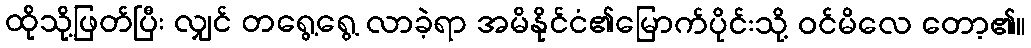
ထိုသို့ဖြတ်ပြီး လျှင် တရွေ့ရွေ့ လာခဲ့ရာ အမိနိုင်ငံ၏မြောက်ပိုင်းသို့ ဝင်မိလေ တော့၏။